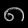
Digit: ၈